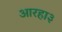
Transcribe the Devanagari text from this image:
आरहा३